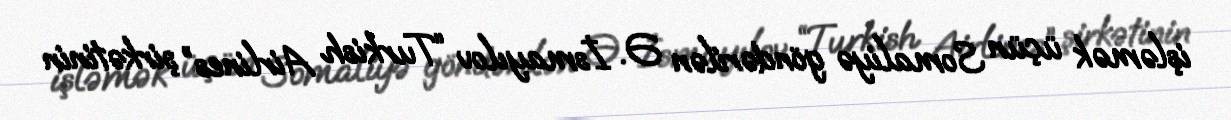
işləmək üçün Somaliyə göndərilən Ə. İsmayılov “Turkish Airlines” şirkətinin